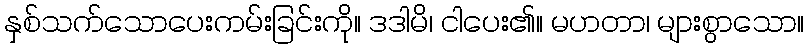
နှစ်သက်သောပေးကမ်းခြင်းကို။ ဒဒါမိ၊ ငါပေး၏။ မဟတာ၊ များစွာသော။